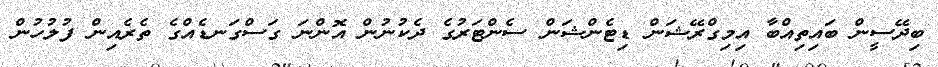
ބިދޭސީން ބައިތިއްބާ އިމިގްރޭޝަން ޑިޓެންޝަން ސެންޓަރުގެ ދެކުނުން އޮންނަ ގަސްގަނޑެއްގެ ތެރެއިން ފުލުހުން